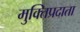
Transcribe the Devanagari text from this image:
मुक्तिप्रदाता